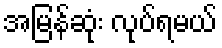
အမြန်ဆုံး လုပ်ရမယ်